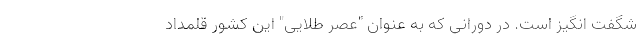
شگفت انگیز است. در دورانی که به عنوان "عصر طلایی" این کشور قلمداد